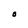
Character: O